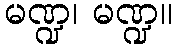
မဏ္ဍ၊ မဏ္ဍ။